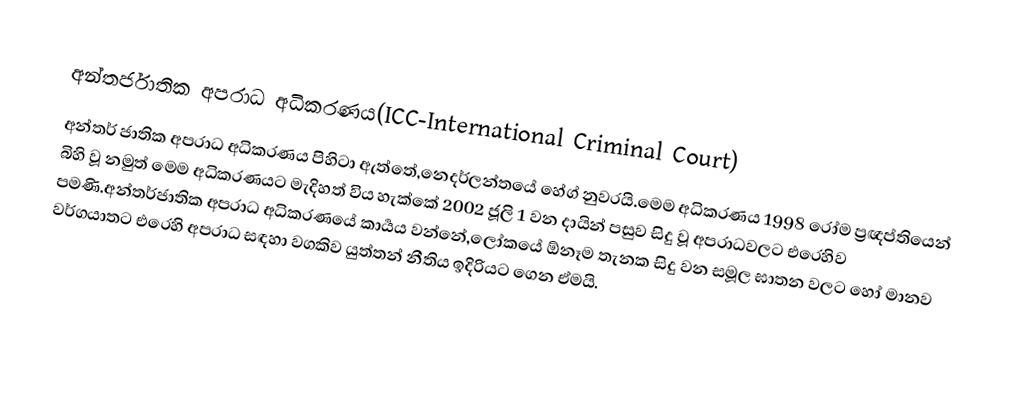
අන්තර්ජාතික අපරාධ අධිකරණය(ICC-International Criminal Court)
අන්තර් ජාතික අපරාධ අධිකරණය පිහිටා ඇත්තේ,නෙදර්ලන්තයේ හේග් නුවරයි.මෙම අධිකරණය 1998 රෝම ප්‍රඥප්තියෙන් බිහි වූ නමුත් මෙම අධිකරණයට මැදිහත් විය හැක්කේ 2002 ජූලි 1 වන දායින් පසුව සිදු වූ අපරාධවලට එරෙහිව පමණි.අන්තර්ජාතික අපරාධ අධිකරණයේ කාර්‍යය වන්නේ,ලෝකයේ ඕනෑම තැනක සිදු වන සමූල ඝාතන වලට හෝ මානව වර්ගයාතට එරෙහි අපරාධ සඳහා වගකිව යුත්තන් නීතිය ඉදිරියට ගෙන ඒමයි.